Civil Veterinary Dept. Bombay admin report 1893-99 - 1893-1899
Year: 1893
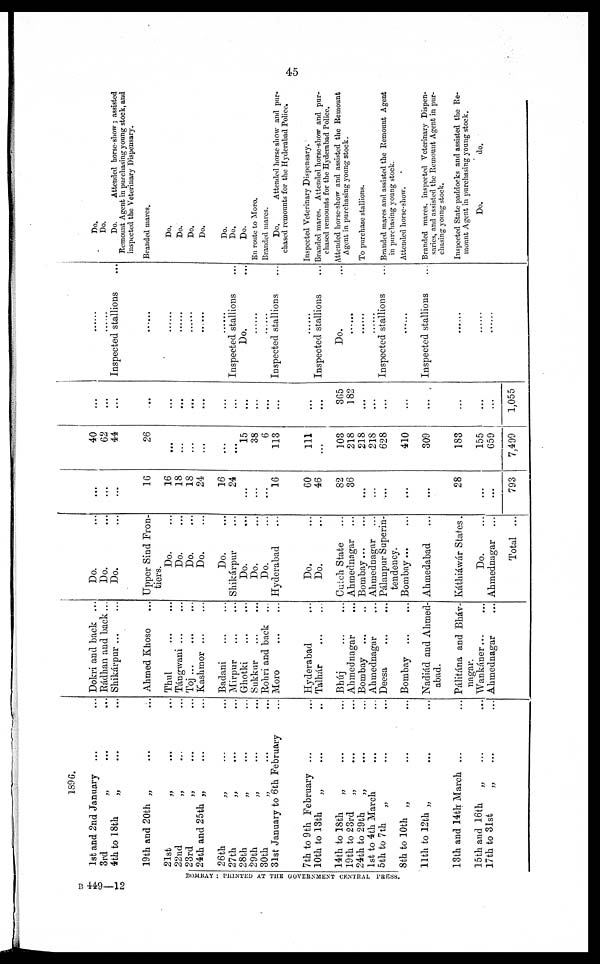
45
1896
1st and 2nd January ... ...
3rd „ ... ...
4th to 18th „ ... ...
19th and 20th „ ... ...
21st „ ... ...
22nd „ ... ...
23rd „ ... ...
24th and 25th „ ... ...
26th „ ... ...
27th „ ... ...
28th „ ... ...
29th „ ... ...
30th „ ... ...
31st January to 6th February ...
7th to 9th February ...
10th to 13th
„ ... ...
14th to 18th
„ ... ...
19th to 23rd
„ ... ...
24th to 29th „ ... ...
1st to 4th March ... ...
5th to 7th „ ... ...
8th to 10th „ ... ...
11th to 12th „ ... ...
13th and 14th March ... ...
15th and 16th
„ ... ...
17th to 31st
„ ... ...
Dokri and back ...
Rádhan and back ...
Shikárpur ... ...
Ahmed Khoso ...
Thul
...
...
Tángwani ... ...
Toj
...
...
...
Kashmor ... ...
Badani ... ...
Mirpur ... ...
Ghotki
...
...
Sukkur ... ...
Rohri and back...
Moro
...
...
Hyderabad ...
Talhár
...
...
Bhúj
...
...
Ahmednagar ...
Bombay ... ...
Ahmednagar ...
Deesa ... ...
Bombay ... ...
Nadiád and Ahmed¬
abad
Pálitána and Bháv¬
nagar.
Wankáner... ...
Ahmednagar ...
Do. ...
Do. ...
Do. ...
Upper Sind Fron-
tiers.
Do. ...
Do. ...
Do. ...
Do. ...
Do. ...
Shikárpur ...
Do. ...
Do. ...
Do. ...
Hyderabad ...
Do. ...
Do. ...
Cutch State ...
Ahmednagar ...
Bombay...
Ahmednagar ...
Pálanpur Superin¬
tendency.
Bombay...
Ahmedabad ...
Káthiáwár States.
Do. ...
Ahmednagar ...
Total ...
...
...
...
16
16
18
18
24
16
24
...
...
...
16
60
46
82
36
...
...
...
...
...
28
...
...
793
40
62
44
26
...
...
...
...
...
...
15
38
6
113
111
...
103
218
218
218
628
410
309
183
155
659
7,499
...
...
...
...
...
...
...
...
...
...
...
...
...
...
...
...
365
182
...
...
...
...
...
...
...
...
1,055
......
......
Inspected stallions
......
......
......
......
......
......
Inspected stallions ...
Do. ...
......
......
Inspected stallions ...
......
Inspected stallions ...
Do. ...
......
......
......
Inspected stallions ...
......
Inspected stallions ...
......
......
......
Do.
Do.
Do.
Attended horse-show; assisted
Remount Agent in purchasing young stock, and
inspected the Veterinary Dispensary.
Branded mares.
Do.
Do.
Do.
Do.
Do.
Do.
Do.
En route to Moro.
Branded mares.
Do.
Attended horse show and pur-
chased remounts for the Hyderabad Police.
Inspected Veterinary Dispensary.
Branded mares. Attended horse-show and pur-
chased remounts for the Hyderabad Police.
Attended horse-show and assisted the Remount
Agent in purchasing young stock.
To purchase stallions.
Branded mares and assisted the Remount Agent
in purchasing young stock.
Attended horse-show.
Branded mares, inspected Veterinary Dispen-
saries, and assisted the Remount Agent in pur-
chasing young stock.
Inspected State paddocks and assisted the Re-
mount Agent in purchasing young stock.
Do.
do.
BOMBAY: PRINTED AT THE GOVERNMENT CENTRAL PRESS.
B 449—12